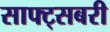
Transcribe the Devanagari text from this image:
साफ्ट्सबरी